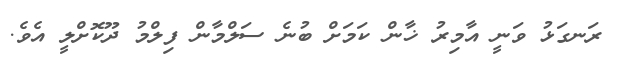
ރަނގަޅު ވަނީ އާމިރު ޚާން ކަމަށް ބުނެ ސަލްމާން ފިލްމު ދޫކޮށްލީ އެވެ.